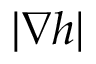
| \nabla h |